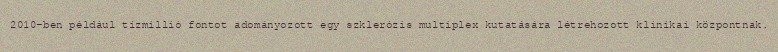
2010-ben például tízmillió fontot adományozott egy szklerózis multiplex kutatására létrehozott klinikai központnak.